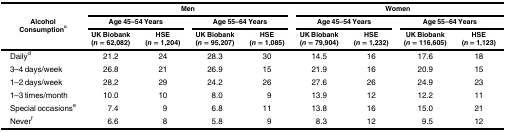
<table><thead><tr><td rowspan="3"><b>Alcohol Consumption<sup>c</sup></b></td><td colspan="4"><b>Men</b></td><td colspan="4"><b>Women</b></td></tr><tr><td colspan="2"><b>Age 45–54 Years</b></td><td colspan="2"><b>Age 55–64 Years</b></td><td colspan="2"><b>Age 45–54 Years</b></td><td colspan="2"><b>Age 55–64 Years</b></td></tr><tr><td><b>UK Biobank (<i>n</i> = 62,082)</b></td><td><b>HSE (<i>n</i> = 1,204)</b></td><td><b>UK Biobank (<i>n</i> = 95,207)</b></td><td><b>HSE (<i>n</i> = 1,085)</b></td><td><b>UK Biobank (<i>n</i> = 79,904)</b></td><td><b>HSE (<i>n</i> = 1,232)</b></td><td><b>UK Biobank (<i>n</i> = 116,605)</b></td><td><b>HSE (<i>n</i> = 1,123)</b></td></tr></thead><tbody><tr><td>Daily<sup>d</sup></td><td>21.2</td><td>24</td><td>28.3</td><td>30</td><td>14.5</td><td>16</td><td>17.6</td><td>18</td></tr><tr><td>3–4 days/week</td><td>26.8</td><td>21</td><td>26.9</td><td>15</td><td>21.9</td><td>16</td><td>20.9</td><td>15</td></tr><tr><td>1–2 days/week</td><td>28.2</td><td>29</td><td>24.2</td><td>26</td><td>27.6</td><td>26</td><td>24.9</td><td>23</td></tr><tr><td>1–3 times/month</td><td>10.0</td><td>10</td><td>8.0</td><td>9</td><td>13.9</td><td>12</td><td>12.2</td><td>11</td></tr><tr><td>Special occasions<sup>e</sup></td><td>7.4</td><td>9</td><td>6.8</td><td>11</td><td>13.8</td><td>16</td><td>15.0</td><td>21</td></tr><tr><td>Never<sup>f</sup></td><td>6.6</td><td>8</td><td>5.8</td><td>9</td><td>8.3</td><td>12</td><td>9.5</td><td>12</td></tr></tbody></table>